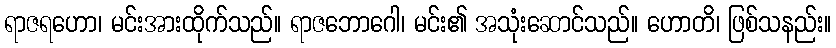
ရာဇရဟော၊ မင်းအားထိုက်သည်။ ရာဇဘောဂေါ၊ မင်း၏ အသုံးဆောင်သည်။ ဟောတိ၊ ဖြစ်သနည်း။